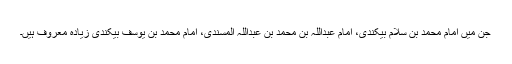
جن میں امام محمد بن سلام بیکندی، امام عبداللہ بن محمد بن عبداللہ المسندی، امام محمد بن یوسف بیکندی زیادہ معروف ہیں۔